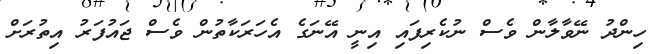
ހިންދު ނޭވާލާން ވެސް ނުކެރިފައި އިނީ އޭނަގެ އެހަރަކާތުން ވެސް ޖައުފަރު އިތުރަށް